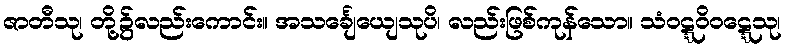
ဇာတီသု၊ တို့၌လည်းကောင်း။ အသင်္ချေယျေသုပိ၊ လည်းဖြစ်ကုန်သော။ သံဝဋ္ဋဝိဝဋ္ဋေသု၊